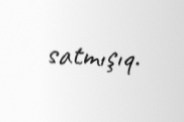
satmışıq.